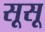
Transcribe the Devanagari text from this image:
सूसू